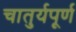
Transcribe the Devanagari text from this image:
चातुर्यपूर्ण